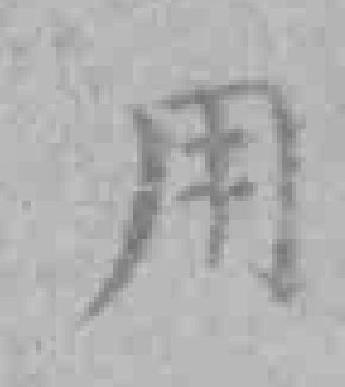
用